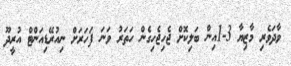
ވާދަވެރި މާޒިޔާ 3-1އިން ބަލިކޮށް ޖެހިޖެހިގެން ހަތަރު ވަނަ ފަހަރަށް ނިއުރޭޑިއަންޓް އުރީދޫ